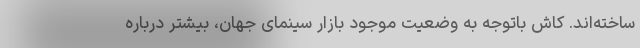
ساخته‌اند. کاش باتوجه به وضعیت موجود بازار سینمای جهان، بیشتر درباره